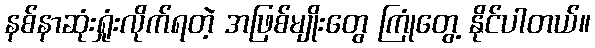
နစ်နာဆုံးရှုံးလိုက်ရတဲ့ အဖြစ်မျိုးတွေ ကြုံတွေ့ နိုင်ပါတယ်။